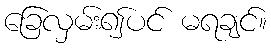
ခြေလှမ်း၍ပင် မရချင်။